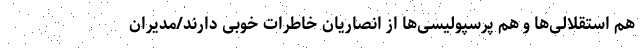
هم استقلالی‌ها و هم پرسپولیسی‌ها از انصاریان خاطرات خوبی دارند/مدیران